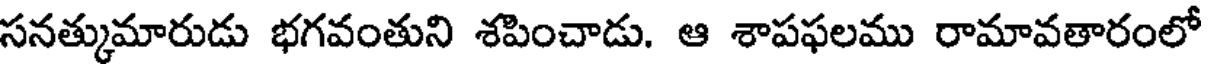
సనత్కుమారుడు భగవంతుని శపించాడు. ఆ శాపఫలము రామావతారంలో